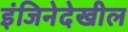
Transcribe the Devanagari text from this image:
इंजिनेदेखील